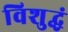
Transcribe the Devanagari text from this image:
विशुद्धं